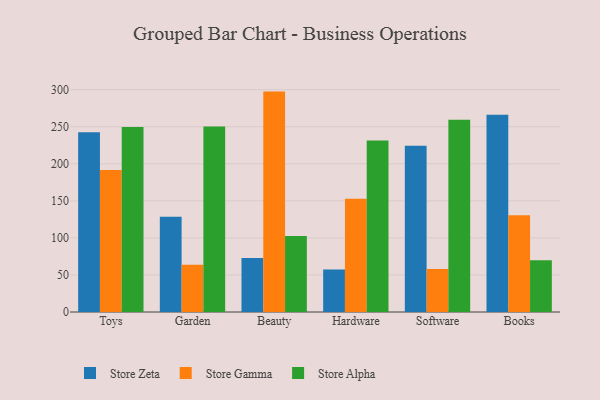
{"axis": {"x": "Category", "y": "Latency (ms)"}, "legend": ["Store Alpha", "Store Gamma", "Store Zeta"], "data": [{"x": "Toys", "y": 242.7, "type": "Store Zeta"}, {"x": "Toys", "y": 191.6, "type": "Store Gamma"}, {"x": "Toys", "y": 249.6, "type": "Store Alpha"}, {"x": "Garden", "y": 128.6, "type": "Store Zeta"}, {"x": "Garden", "y": 63.6, "type": "Store Gamma"}, {"x": "Garden", "y": 250.4, "type": "Store Alpha"}, {"x": "Beauty", "y": 72.8, "type": "Store Zeta"}, {"x": "Beauty", "y": 297.4, "type": "Store Gamma"}, {"x": "Beauty", "y": 102.7, "type": "Store Alpha"}, {"x": "Hardware", "y": 57.3, "type": "Store Zeta"}, {"x": "Hardware", "y": 152.7, "type": "Store Gamma"}, {"x": "Hardware", "y": 231.5, "type": "Store Alpha"}, {"x": "Software", "y": 224.2, "type": "Store Zeta"}, {"x": "Software", "y": 57.9, "type": "Store Gamma"}, {"x": "Software", "y": 259.5, "type": "Store Alpha"}, {"x": "Books", "y": 266.1, "type": "Store Zeta"}, {"x": "Books", "y": 130.6, "type": "Store Gamma"}, {"x": "Books", "y": 69.9, "type": "Store Alpha"}]}